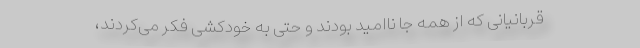
قربانیانی که از همه جا ناامید بودند و حتی به خودکشی فکر می‌کردند،